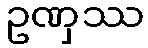
ဥဏှဿ